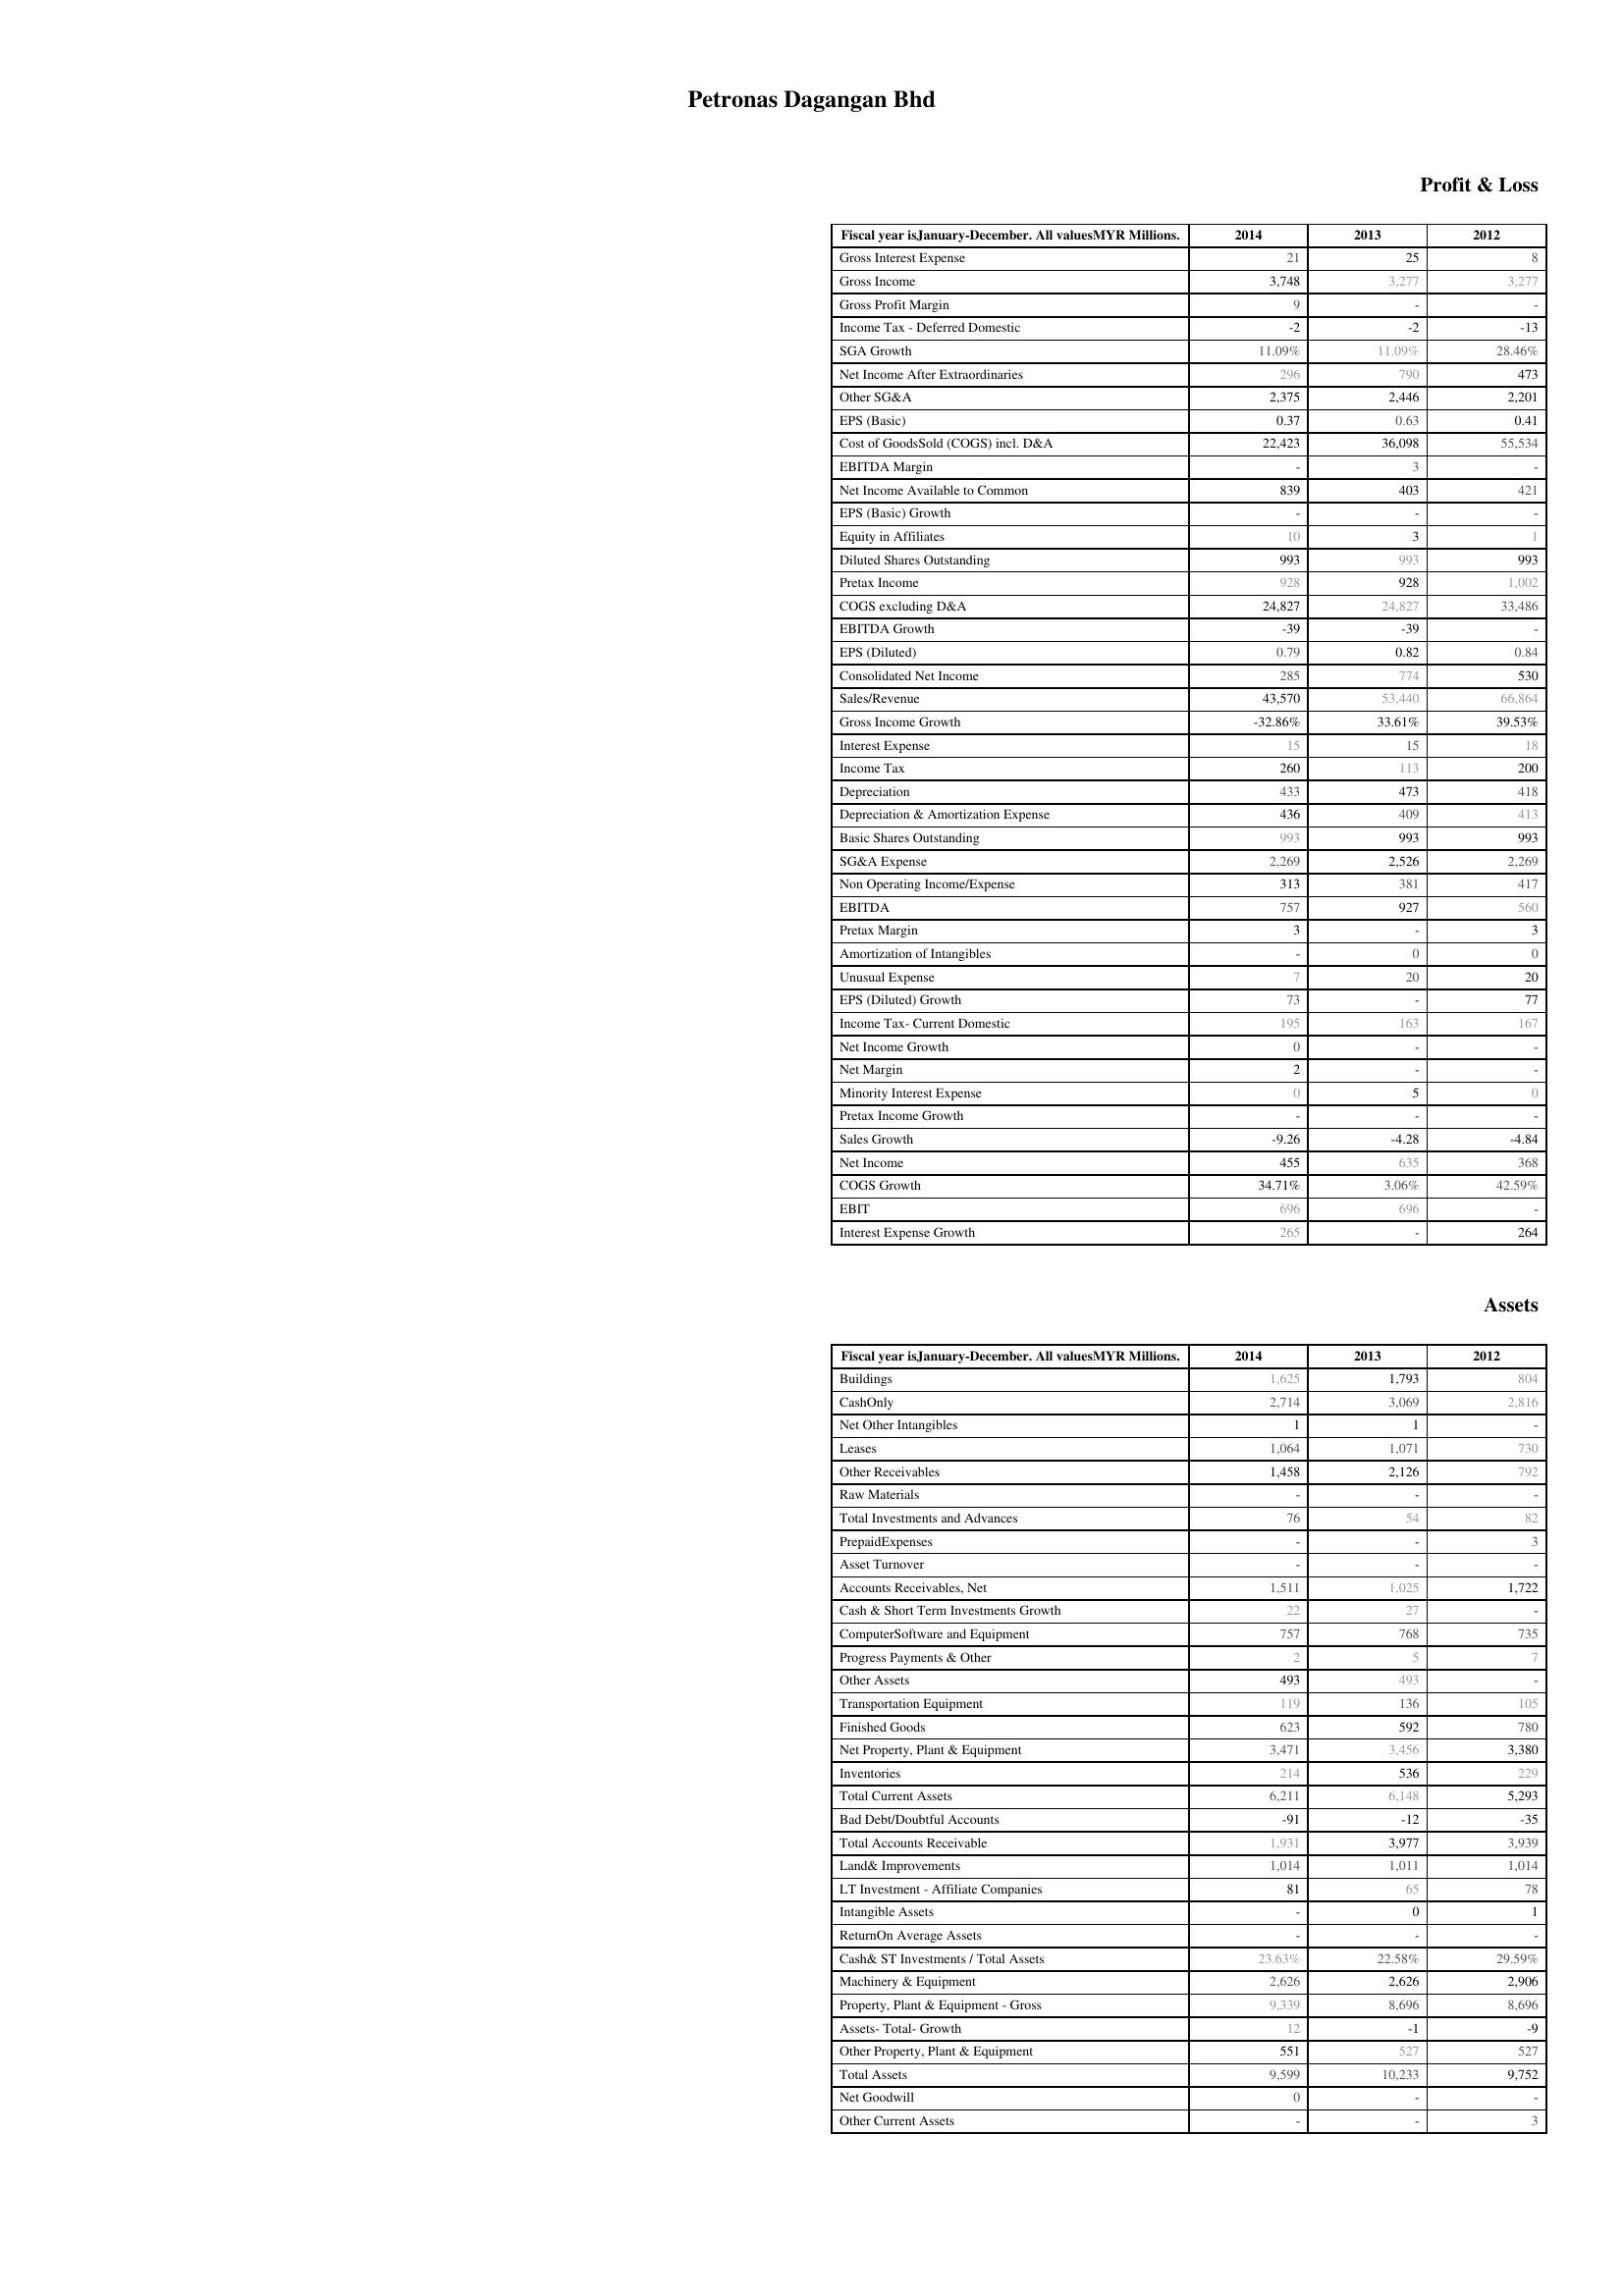
2014: Profit & Loss: Gross Interest Expense: 21
Gross Income: 3,748
Gross Profit Margin: 9
Income Tax - Deferred Domestic: -2
SGA Growth: 11.09%
Net Income After Extraordinaries: 296
Other SG&A: 2,375
EPS (Basic): 0.37
Cost of GoodsSold (COGS) incl. D&A: 22,423
EBITDA Margin: -
Net Income Available to Common: 839
EPS (Basic) Growth: -
Equity in Affiliates: 10
Diluted Shares Outstanding: 993
Pretax Income: 928
COGS excluding D&A: 24,827
EBITDA Growth: -39
EPS (Diluted): 0.79
Consolidated Net Income: 285
Sales/Revenue: 43,570
Gross Income Growth: -32.86%
Interest Expense: 15
Income Tax: 260
Depreciation: 433
Depreciation & Amortization Expense: 436
Basic Shares Outstanding: 993
SG&A Expense: 2,269
Non Operating Income/Expense: 313
EBITDA: 757
Pretax Margin: 3
Amortization of Intangibles: -
Unusual Expense: 7
EPS (Diluted) Growth: 73
Income Tax- Current Domestic: 195
Net Income Growth: 0
Net Margin: 2
Minority Interest Expense: 0
Pretax Income Growth: -
Sales Growth: -9.26
Net Income: 455
COGS Growth: 34.71%
EBIT: 696
Interest Expense Growth: 265
Assets: Buildings: 1,625
CashOnly: 2,714
Net Other Intangibles: 1
Leases: 1,064
Other Receivables: 1,458
Raw Materials: -
Total Investments and Advances: 76
PrepaidExpenses: -
Asset Turnover: -
Accounts Receivables, Net: 1,511
Cash & Short Term Investments Growth: 22
ComputerSoftware and Equipment: 757
Progress Payments & Other: 2
Other Assets: 493
Transportation Equipment: 119
Finished Goods: 623
Net Property, Plant & Equipment: 3,471
Inventories: 214
Total Current Assets: 6,211
Bad Debt/Doubtful Accounts: -91
Total Accounts Receivable: 1,931
Land& Improvements: 1,014
LT Investment - Affiliate Companies: 81
Intangible Assets: -
ReturnOn Average Assets: -
Cash& ST Investments / Total Assets: 23.63%
Machinery & Equipment: 2,626
Property, Plant & Equipment - Gross : 9,339
Assets- Total- Growth: 12
Other Property, Plant & Equipment: 551
Total Assets: 9,599
Net Goodwill: 0
Other Current Assets: -
2013: Profit & Loss: Gross Interest Expense: 25
Gross Income: 3,277
Gross Profit Margin: -
Income Tax - Deferred Domestic: -2
SGA Growth: 11.09%
Net Income After Extraordinaries: 790
Other SG&A: 2,446
EPS (Basic): 0.63
Cost of GoodsSold (COGS) incl. D&A: 36,098
EBITDA Margin: 3
Net Income Available to Common: 403
EPS (Basic) Growth: -
Equity in Affiliates: 3
Diluted Shares Outstanding: 993
Pretax Income: 928
COGS excluding D&A: 24,827
EBITDA Growth: -39
EPS (Diluted): 0.82
Consolidated Net Income: 774
Sales/Revenue: 53,440
Gross Income Growth: 33.61%
Interest Expense: 15
Income Tax: 113
Depreciation: 473
Depreciation & Amortization Expense: 409
Basic Shares Outstanding: 993
SG&A Expense: 2,526
Non Operating Income/Expense: 381
EBITDA: 927
Pretax Margin: -
Amortization of Intangibles: 0
Unusual Expense: 20
EPS (Diluted) Growth: -
Income Tax- Current Domestic: 163
Net Income Growth: -
Net Margin: -
Minority Interest Expense: 5
Pretax Income Growth: -
Sales Growth: -4.28
Net Income: 635
COGS Growth: 3.06%
EBIT: 696
Interest Expense Growth: -
Assets: Buildings: 1,793
CashOnly: 3,069
Net Other Intangibles: 1
Leases: 1,071
Other Receivables: 2,126
Raw Materials: -
Total Investments and Advances: 54
PrepaidExpenses: -
Asset Turnover: -
Accounts Receivables, Net: 1,025
Cash & Short Term Investments Growth: 27
ComputerSoftware and Equipment: 768
Progress Payments & Other: 5
Other Assets: 493
Transportation Equipment: 136
Finished Goods: 592
Net Property, Plant & Equipment: 3,456
Inventories: 536
Total Current Assets: 6,148
Bad Debt/Doubtful Accounts: -12
Total Accounts Receivable: 3,977
Land& Improvements: 1,011
LT Investment - Affiliate Companies: 65
Intangible Assets: 0
ReturnOn Average Assets: -
Cash& ST Investments / Total Assets: 22.58%
Machinery & Equipment: 2,626
Property, Plant & Equipment - Gross : 8,696
Assets- Total- Growth: -1
Other Property, Plant & Equipment: 527
Total Assets: 10,233
Net Goodwill: -
Other Current Assets: -
2012: Profit & Loss: Gross Interest Expense: 8
Gross Income: 3,277
Gross Profit Margin: -
Income Tax - Deferred Domestic: -13
SGA Growth: 28.46%
Net Income After Extraordinaries: 473
Other SG&A: 2,201
EPS (Basic): 0.41
Cost of GoodsSold (COGS) incl. D&A: 55,534
EBITDA Margin: -
Net Income Available to Common: 421
EPS (Basic) Growth: -
Equity in Affiliates: 1
Diluted Shares Outstanding: 993
Pretax Income: 1,002
COGS excluding D&A: 33,486
EBITDA Growth: -
EPS (Diluted): 0.84
Consolidated Net Income: 530
Sales/Revenue: 66,864
Gross Income Growth: 39.53%
Interest Expense: 18
Income Tax: 200
Depreciation: 418
Depreciation & Amortization Expense: 413
Basic Shares Outstanding: 993
SG&A Expense: 2,269
Non Operating Income/Expense: 417
EBITDA: 560
Pretax Margin: 3
Amortization of Intangibles: 0
Unusual Expense: 20
EPS (Diluted) Growth: 77
Income Tax- Current Domestic: 167
Net Income Growth: -
Net Margin: -
Minority Interest Expense: 0
Pretax Income Growth: -
Sales Growth: -4.84
Net Income: 368
COGS Growth: 42.59%
EBIT: -
Interest Expense Growth: 264
Assets: Buildings: 804
CashOnly: 2,816
Net Other Intangibles: -
Leases: 730
Other Receivables: 792
Raw Materials: -
Total Investments and Advances: 82
PrepaidExpenses: 3
Asset Turnover: -
Accounts Receivables, Net: 1,722
Cash & Short Term Investments Growth: -
ComputerSoftware and Equipment: 735
Progress Payments & Other: 7
Other Assets: -
Transportation Equipment: 105
Finished Goods: 780
Net Property, Plant & Equipment: 3,380
Inventories: 229
Total Current Assets: 5,293
Bad Debt/Doubtful Accounts: -35
Total Accounts Receivable: 3,939
Land& Improvements: 1,014
LT Investment - Affiliate Companies: 78
Intangible Assets: 1
ReturnOn Average Assets: -
Cash& ST Investments / Total Assets: 29.59%
Machinery & Equipment: 2,906
Property, Plant & Equipment - Gross : 8,696
Assets- Total- Growth: -9
Other Property, Plant & Equipment: 527
Total Assets: 9,752
Net Goodwill: -
Other Current Assets: 3